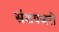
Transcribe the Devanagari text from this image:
संशयजरी